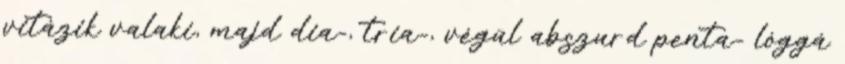
vitázik valaki, majd dia-, tria-, végül abszurd penta- lóggá